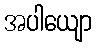
အပါယျော